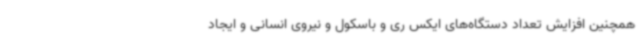
همچنین افزایش تعداد دستگاه‌های ایکس ری و باسکول و نیروی انسانی و ایجاد